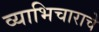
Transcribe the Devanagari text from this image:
व्याभिचाराचे